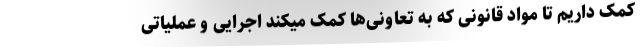
کمک داریم تا مواد قانونی که به تعاونی‌ها کمک میکند اجرایی و عملیاتی